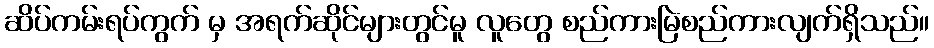
ဆိပ်ကမ်းရပ်ကွက် မှ အရက်ဆိုင်များတွင်မူ လူတွေ စည်ကားမြဲစည်ကားလျက်ရှိသည်။